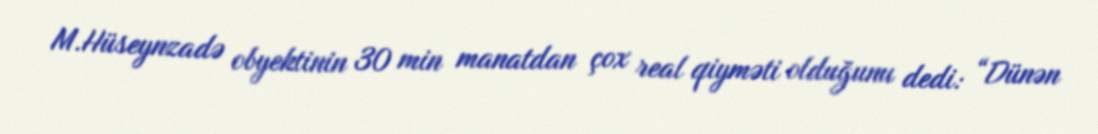
M.Hüseynzadə obyektinin 30 min manatdan çox real qiyməti olduğunu dedi: “Dünən